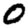
Digit: 0